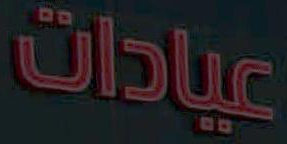
عيادات